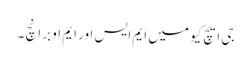
جی ایچ کیو میں ایم ایس اور ایم او برانچ ۔